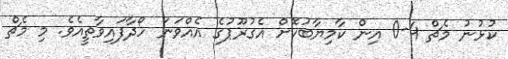
ކުޅުނު މެޗް 4-0 އިން ކާމިޔާބުކޮށް އެގުރޫޕުގެ އެއްވަނަ ހޯދާފައިވާތީއެވެ. މި މެޗް